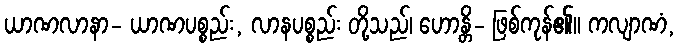
ယာဏလာနာ- ယာဏပစ္စည်း, လာနပစ္စည်း တို့သည်၊ ဟောန္တိ- ဖြစ်ကုန်၏။ ကလျာဏံ,